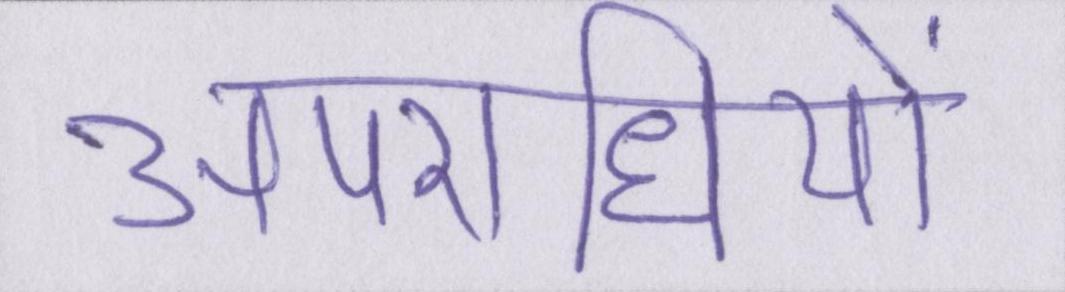
अपराधियों